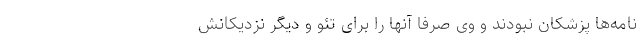
نامه‌ها پزشکان نبودند و وی صرفا آنها را برای تئو و دیگر نزدیکانش